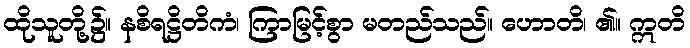
ထိုသူတို့၌။ နစိရဋ္ဌိတိကံ၊ ကြာမြင့်စွာ မတည်သည်။ ဟောတိ၊ ၏။ ဣတိ